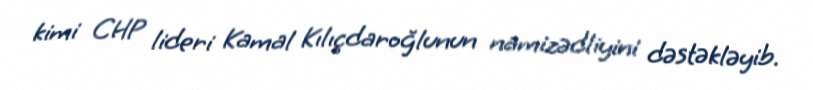
kimi CHP lideri Kamal Kılıçdaroğlunun namizədliyini dəstəkləyib.